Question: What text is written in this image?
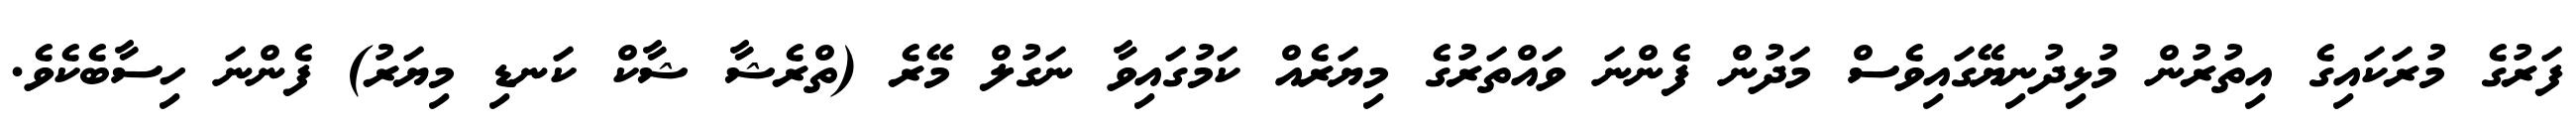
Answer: ފަރުގެ މުރަކައިގެ އިތުރުން މުޅިދުނިޔޭގައިވެސް މަދުން ފެންނަ ވައްތަރުގެ މިޔަރެއް ކަމުގައިވާ ނަގުލް މޭރެ (ތްރެޝާ ޝާކް ކަނޑި މިޔަރު) ފެންނަ ހިސާބެކެވެ.